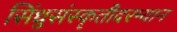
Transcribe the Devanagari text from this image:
सिंधुसंस्कृतीदरम्यान